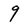
Character: 9